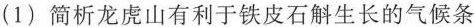
(1)简析龙虎山有利于铁皮石斛生长的气候条